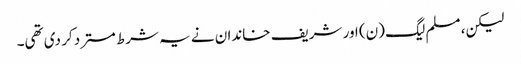
لیکن، مسلم لیگ (ن) اور شریف خاندان نے یہ شرط مسترد کر دی تھی۔